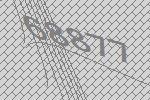
68877